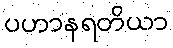
ပဟာနရတိယာ